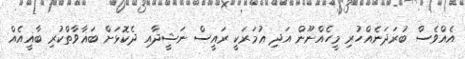
އެއްވެސް ބުރަދަނެއްހުރި މީހެއްނޫން އަދި ޢުމަރަކީ ރައީސް ނަޝީދާއި ދެކޮޅަށް ބަޣާވާތްކުރި ބާޣީއެއް